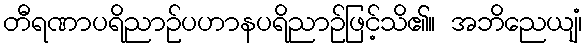
တီရဏာပရိညာဉ်ပဟာနပရိညာဉ်ဖြင့်သိ၏။ အဘိညေယျံ၊